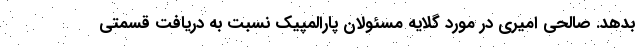
بدهد. صالحی امیری در مورد گلایه مسئولان پارالمپیک نسبت به دریافت قسمتی